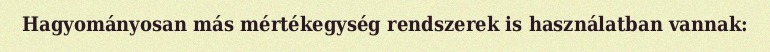
Hagyományosan más mértékegység rendszerek is használatban vannak: